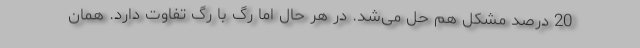
20 درصد مشکل هم حل می‌شد. در هر حال اما رگ با رگ تفاوت دارد. همان